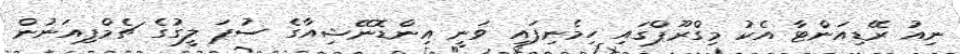
ނިއު ރޭޑިއަންޓާ އެކު މިގްރޫޕްގައި ހިމެނިފައި ވަނީ އިންޑޮނޭޝިއާގެ ސުޕަ ލީގުގެ ޗެމްޕިއަނުން